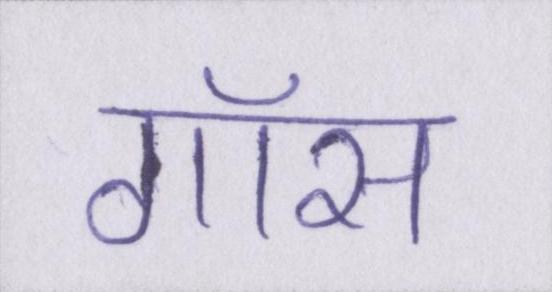
गॉस